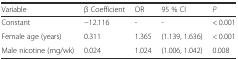
<table><thead><tr><td><b>Variable</b></td><td><b>β Coefficient</b></td><td><b>OR</b></td><td><b>95 % CI</b></td><td><b><i>P</i></b></td></tr></thead><tbody><tr><td>Constant</td><td>−12.116</td><td>-</td><td>-</td><td>&lt; 0.001</td></tr><tr><td>Female age (years)</td><td>0.311</td><td>1.365</td><td>(1.139, 1.636)</td><td>&lt; 0.001</td></tr><tr><td>Male nicotine (mg/wk)</td><td>0.024</td><td>1.024</td><td>(1.006, 1.042)</td><td>0.008</td></tr></tbody></table>